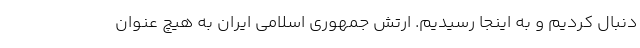
دنبال کردیم و به اینجا رسیدیم. ارتش جمهوری اسلامی ایران به هیچ عنوان